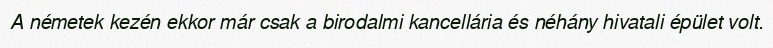
A németek kezén ekkor már csak a birodalmi kancellária és néhány hivatali épület volt.